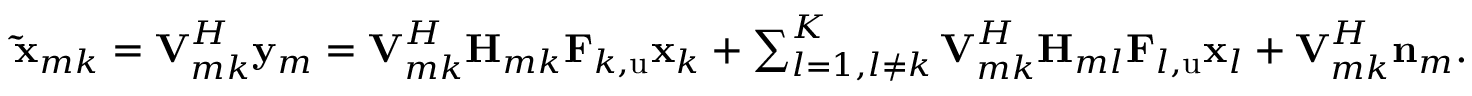
\begin{array} { r } { \mathbf { \tilde { x } } _ { m k } = \mathbf { V } _ { m k } ^ { H } \mathbf { y } _ { m } = \mathbf { V } _ { m k } ^ { H } \mathbf { H } _ { m k } \mathbf { F } _ { k , \mathrm { u } } \mathbf { x } _ { k } + \sum _ { l = 1 , l \ne k } ^ { K } { \mathbf { V } _ { m k } ^ { H } \mathbf { H } _ { m l } \mathbf { F } _ { l , \mathrm { u } } \mathbf { x } _ { l } } + \mathbf { V } _ { m k } ^ { H } \mathbf { n } _ { m } . } \end{array}